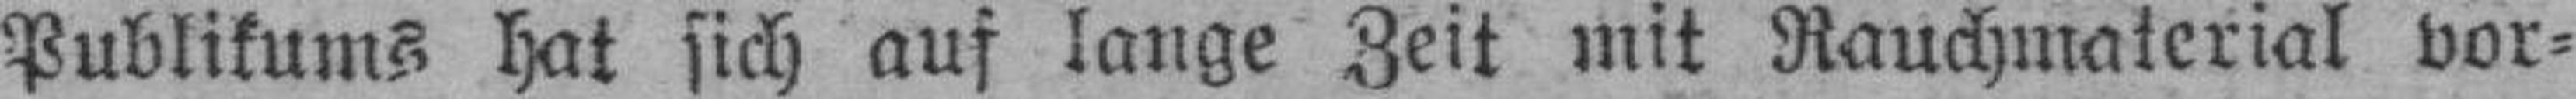
Publikums hat sich auf lange Zeit mit Rauchmaterial vor¬